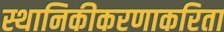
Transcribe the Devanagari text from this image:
स्थानिकीकरणाकरिता